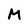
Character: M